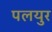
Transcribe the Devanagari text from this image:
पलयुर